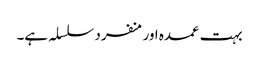
بہت عمدہ اورمنفرد سلسلہ ہے۔